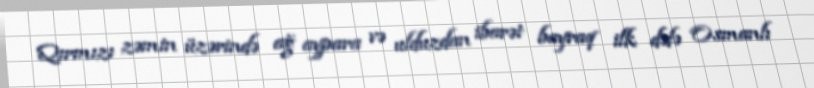
Qırmızı zəmin üzərində ağ aypara və ulduzdan ibarət bayraq ilk dəfə Osmanlı